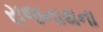
રાજનાથના